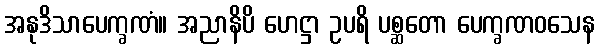
အနုဒိသာပေက္ခဏံ။ အညာနိပိ ဟေဋ္ဌာ ဥပရိ ပစ္ဆတော ပေက္ခဏဝသေန